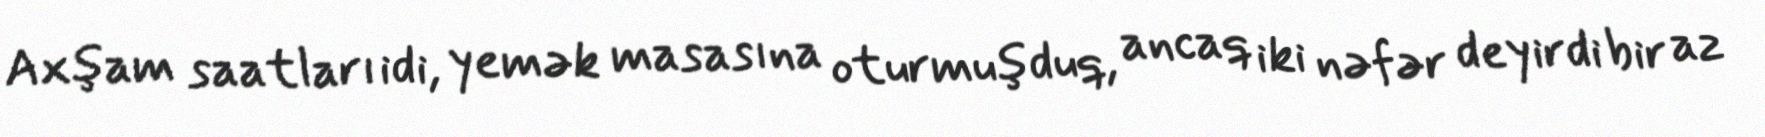
Axşam saatları idi, yemək masasına oturmuşduq, ancaq iki nəfər deyirdi bir az